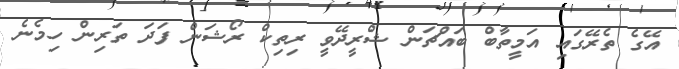
އޭގެ ތެރޭގައި އަމީތާބް ބައްޗަން ޝްރީދޭވީ ރިތިކް ރޯޝަން ފަދަ ތަރިން ހިމެނެ